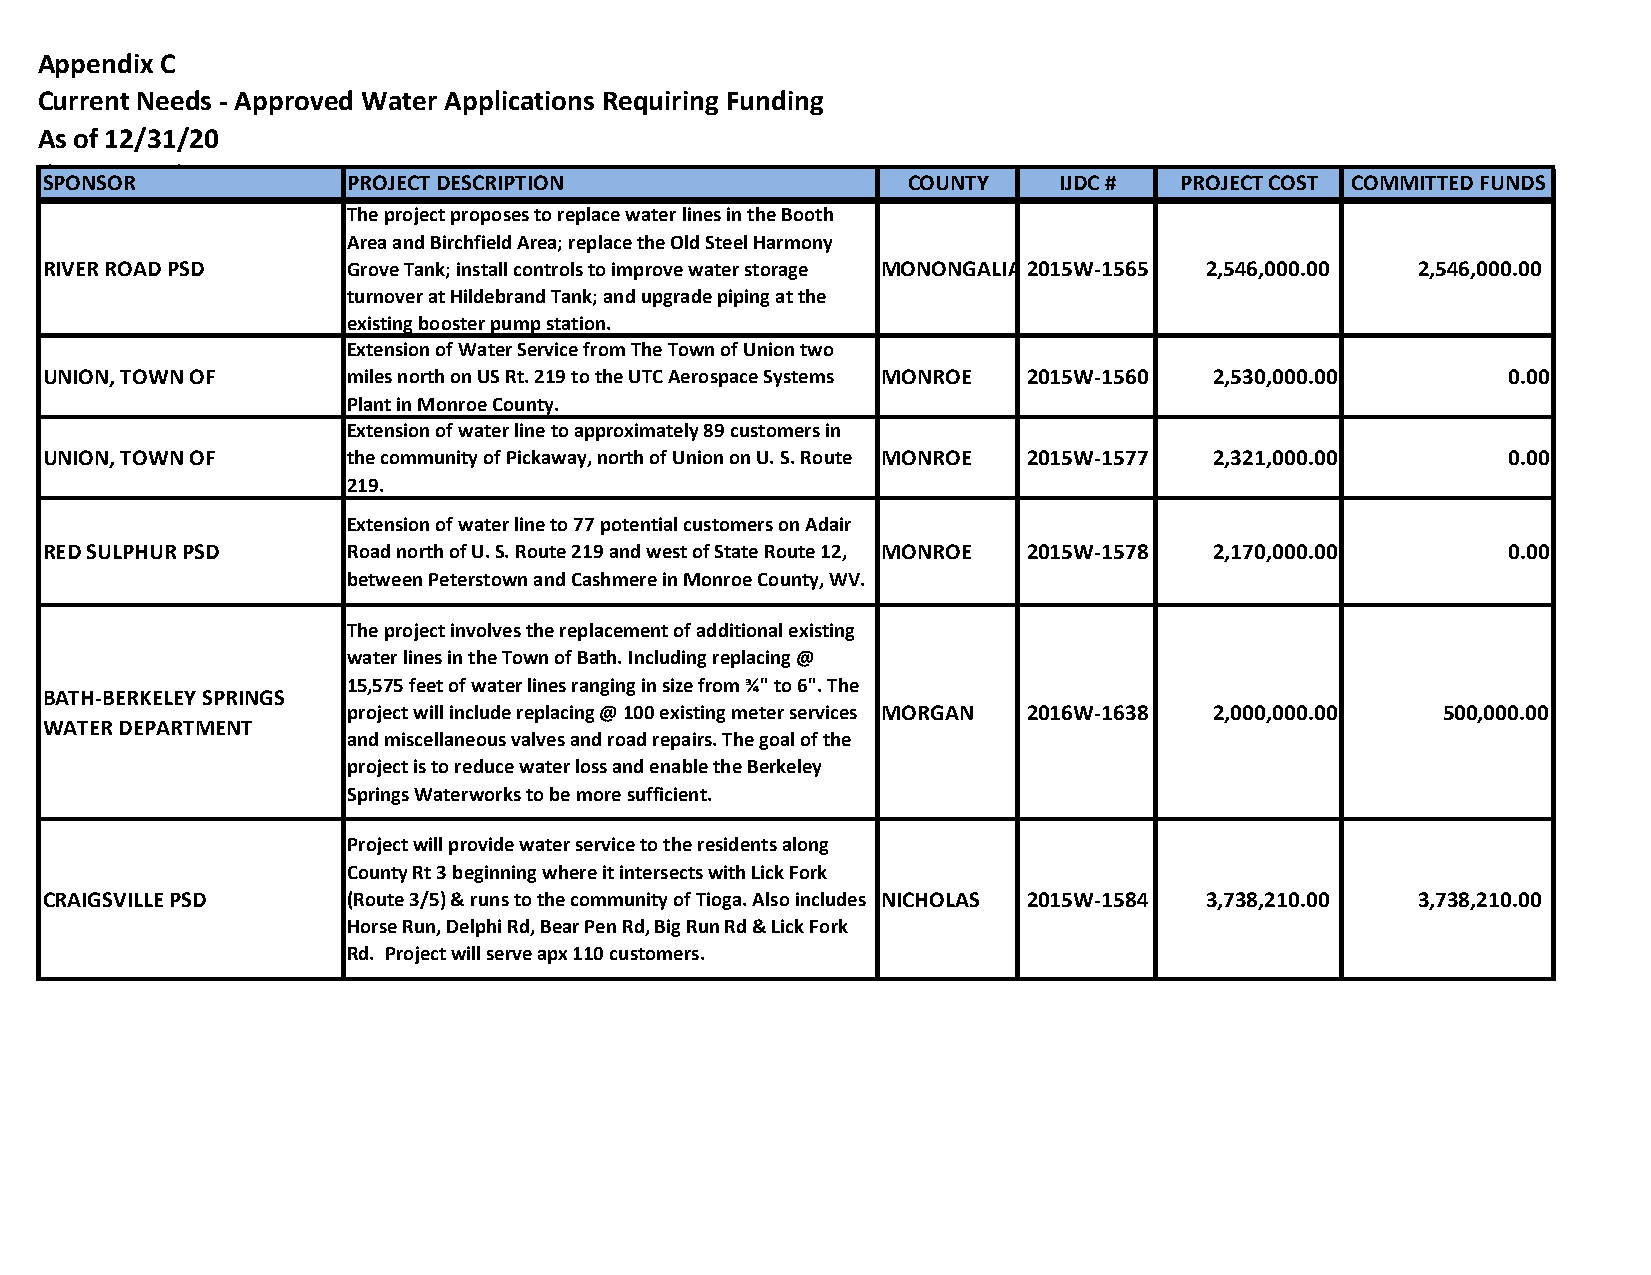
Appendix C
 Current Needs - Approved Water Applications Requiring Funding
 As of 12/31/20
 (By County)
 SPONSOR             PROJECT DESCRIPTION                  COUNTY    IJDC #  PROJECT COST COMMITTED FUNDS
 The project proposes to replace water lines in the Booth
 Area and Birchfield Area; replace the Old Steel Harmony
 RIVER ROAD PSD      Grove Tank; install controls to improve water storage MONONGALIA2015W-1565 2 ,546,000.00 2 ,546,000.00
 turnover at Hildebrand Tank; and upgrade piping at the
 existing booster pump station.
 Extension of Water Service from The Town of Union two
 UNION, TOWN OF      miles north on US Rt. 219 to the UTC Aerospace Systems MONROE 2015W-1560 2,530,000.00 0.00
 Plant in Monroe County.
 Extension of water line to approximately 89 customers in
 UNION, TOWN OF      the community of Pickaway, north of Union on U. S. Route MONROE 2015W-1577 2,321,000.00 0.00
 219.
 Extension of water line to 77 potential customers on Adair
 RED SULPHUR PSD     Road north of U. S. Route 219 and west of State Route 12, MONROE 2015W-1578 2,170,000.00 0.00
 between Peterstown and Cashmere in Monroe County, WV.
 The project involves the replacement of additional existing
 water lines in the Town of Bath. Including replacing @
 15,575 feet of water lines ranging in size from ¾" to 6". The
 BATH-BERKELEY SPRINGS
 project will include replacing @ 100 existing meter services MORGAN 2016W-1638 2,000,000.00 500,000.00
 WATER DEPARTMENT
 and miscellaneous valves and road repairs. The goal of the
 project is to reduce water loss and enable the Berkeley
 Springs Waterworks to be more sufficient.
 Project will provide water service to the residents along
 County Rt 3 beginning where it intersects with Lick Fork
 CRAIGSVILLE PSD     (Route 3/5) & runs to the community of Tioga. Also includes NICHOLAS 2015W-1584 3,738,210.00 3,738,210.00
 Horse Run, Delphi Rd, Bear Pen Rd, Big Run Rd & Lick Fork
 Rd. Project will serve apx 110 customers.